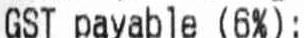
GST PAYABLE (6%):